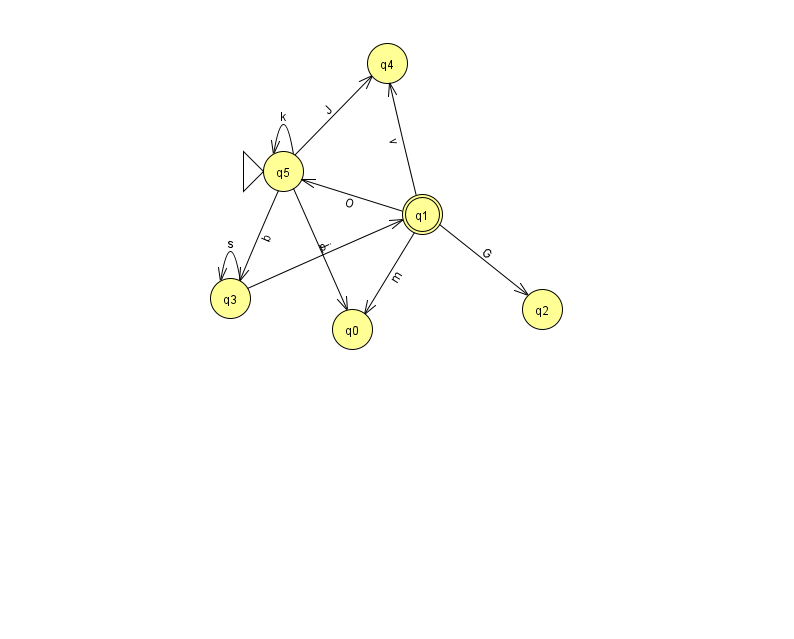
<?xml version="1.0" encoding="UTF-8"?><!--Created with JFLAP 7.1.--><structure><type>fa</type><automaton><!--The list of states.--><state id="0" name="q0"><x>352.0</x><y>316.0</y></state><state id="1" name="q1"><x>422.0</x><y>201.0</y><final/></state><state id="2" name="q2"><x>542.0</x><y>296.0</y></state><state id="3" name="q3"><x>230.0</x><y>285.0</y></state><state id="4" name="q4"><x>387.0</x><y>50.0</y></state><state id="5" name="q5"><x>283.0</x><y>158.0</y><initial/></state><!--The list of transitions.--><transition><from>1</from><to>4</to><read>v</read></transition><transition><from>5</from><to>4</to><read>J</read></transition><transition><from>1</from><to>2</to><read>G</read></transition><transition><from>1</from><to>5</to><read>O</read></transition><transition><from>3</from><to>3</to><read>s</read></transition><transition><from>3</from><to>1</to><read>p</read></transition><transition><from>5</from><to>0</to><read>j</read></transition><transition><from>5</from><to>3</to><read>b</read></transition><transition><from>5</from><to>5</to><read>k</read></transition><transition><from>1</from><to>0</to><read>m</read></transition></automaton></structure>